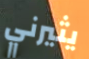
يثيرني